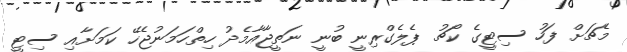
މެޗަށް ފަހު ސިޓީގެ ކޯޗު ޕެލެގްރިނީ ބުނީ ނަތީޖާއާމެދު ހިތްހަމަނުޖެހޭ ކަމަށާއި ސިޓީ